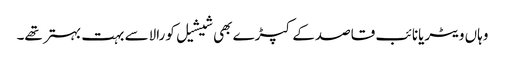
وہاں ویٹریانائب قاصدکے کپڑے بھی شیشیل کورالاسے بہت بہتر تھے۔